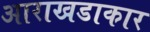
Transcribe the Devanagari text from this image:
आराखडाकार